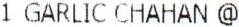
1 GARLIC CHAHAN @